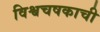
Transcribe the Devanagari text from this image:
विश्वचषकाची